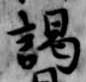
謁